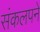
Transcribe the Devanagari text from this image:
संकलपने